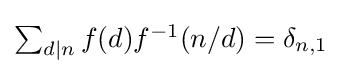
{\textstyle \sum _{d|n}f(d)f^{-1}(n/d)=\delta _{n,1}}